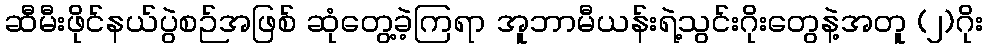
ဆီမီးဖိုင်နယ်ပွဲစဉ်အဖြစ် ဆုံတွေ့ခဲ့ကြရာ အူဘာမီယန်းရဲ့သွင်းဂိုးတွေနဲ့အတူ (၂)ဂိုး